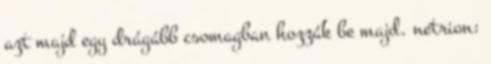
azt majd egy drágább csomagban hozzák be majd. netrion: